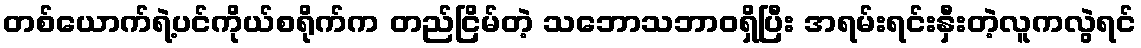
တစ်ယောက်ရဲ့ပင်ကိုယ်စရိုက်က တည်ငြိမ်တဲ့ သဘောသဘာဝရှိပြီး အရမ်းရင်းနှီးတဲ့လူကလွဲရင်